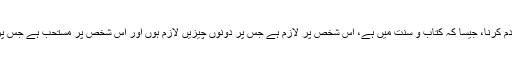
اسی طرح جہاد کو حج پر مقدم کرنا، جیسا کہ کتاب و سنت میں ہے، اس شخص پر لازم ہے جس پر دونوں چیزیں لازم ہوں اور اس شخص پر مستحب ہے جس پر دونوں چیزیں مستحب ہوں۔